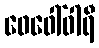
ဖေဖေါ်ဝါရီ